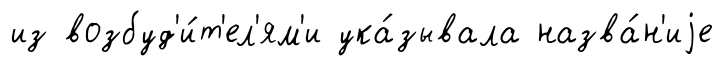
из возбуд'и́т'ел'ям'и ука́зывала назва́н'иjе